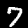
Digit: 7